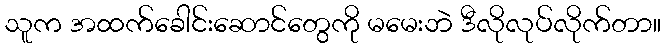
သူက အထက်ခေါင်းဆောင်တွေကို မမေးဘဲ ဒီလိုလုပ်လိုက်တာ။